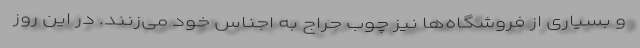
و بسیاری از فروشگاه‌ها نیز چوب حراج به اجناس خود می‌زنند. در این روز